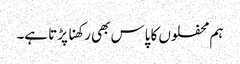
ہم محفلوں کا پاس بھی رکھنا پڑتا ہے۔